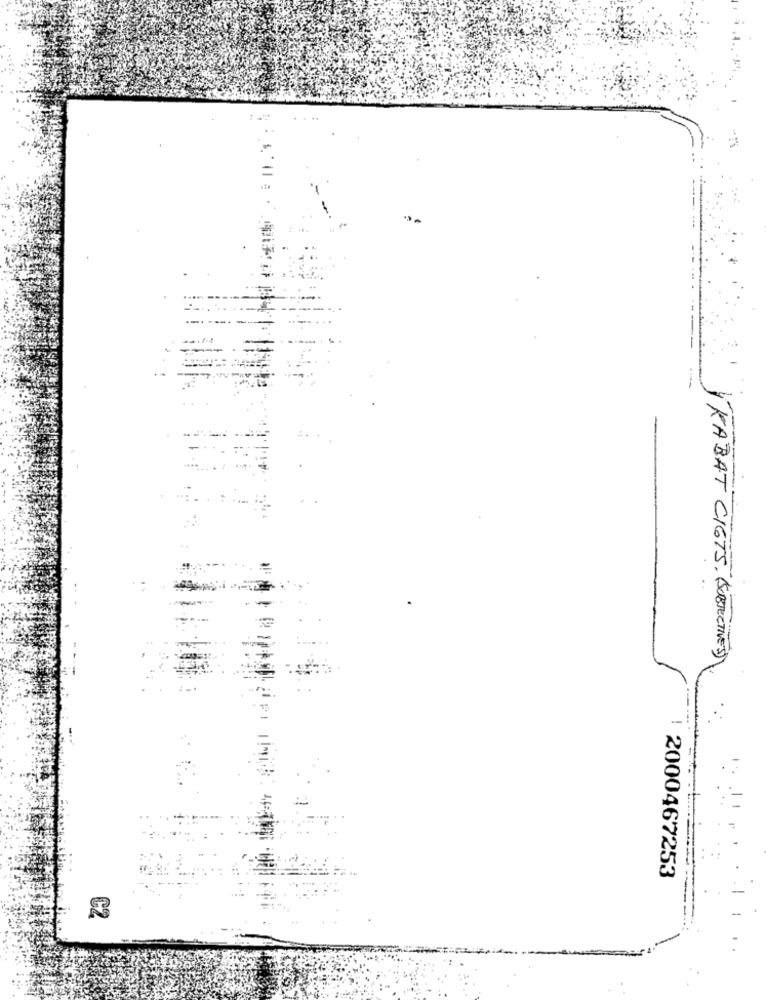
KABAT CIGTS. (SUBJECTIVE)
-
2000467253